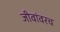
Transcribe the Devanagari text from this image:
जीवांवरच